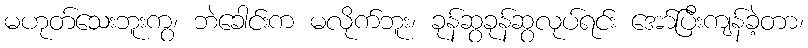
မဟုတ်သေးဘူးကွ၊ ဘဲခေါင်းက မလိုက်ဘူး၊ ခုန်ဆွခုန်ဆွလုပ်ရင်း အော်ပြီးကျန်ခဲ့တာ၊